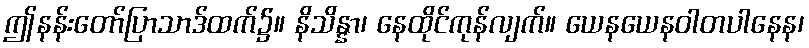
ဤနန်းတော်ပြာသာဒ်ထက်၌။ နိသိန္နာ၊ နေထိုင်ကုန်လျက်။ ယေနယေနဝါတပါနေန၊